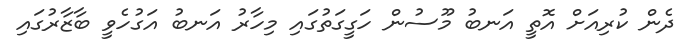
ދެން ކުރިއަށް އޮތީ އަނބު މޫސުން ހަގީގަތުގައި މިހާރު އަނބު އަގުހެވީ ބާޒާރުގައި